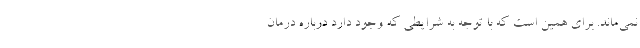
نمی‌ماند. برای همین است که با توجه به شرایطی که وجود دارد درباره درمان